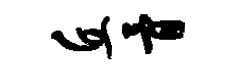
丘骨